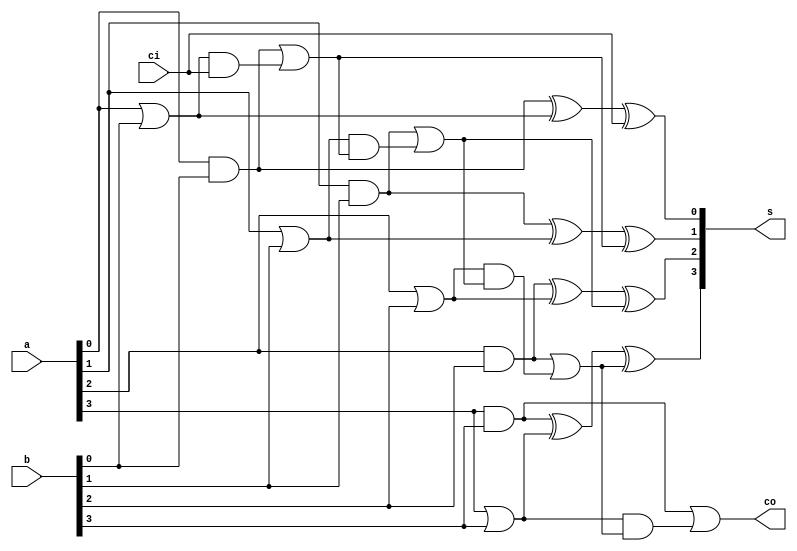
module adder_4bits(
    input [3:0] a,
    input [3:0] b,
    input ci,
    output [3:0] s,
    output  co
);
    reg [3:0] P,G,C;
    reg [3:0]Sum;
    reg Cout;
    always @(a or b or ci)
    begin
    G[0] =a[0] & b[0];      
    P[0] =a[0] | b[0];      
    C[0] =ci;               
    Sum[0] =G[0]^ P[0] ^ C[0];
    G[1] =a[1] & b[1];
    P[1] =a[1] | b[1];
    C[1] =G[0] |(P[0] & C[0]);
    Sum[1] =G[1] ^ P[1] ^ C[1];
    G[2] =a[2] & b[2];
    P[2] =a[2] | b[2];
    C[2] =G[1] |(P[1] & C[1]);
    Sum[2] =G[2] ^ P[2] ^ C[2];
    G[3] =a[3] & b[3];
    P[3] =a[3] | b[3];
    C[3] =G[2] |(P[2] & C[2]);
    Sum[3] =G[3] ^ P[3] ^ C[3];
    Cout =G[3] | (P[3] & C[3]);
    end
    assign s=Sum;
    assign co=Cout;
endmodule